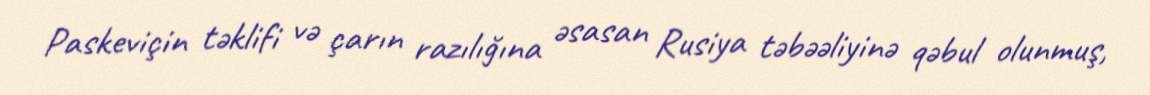
Paskeviçin təklifi və çarın razılığına əsasan Rusiya təbəəliyinə qəbul olunmuş,